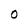
Character: 0